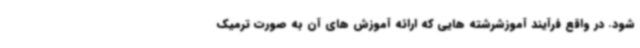
شود. در واقع فرآیند آموزشرشته هایی که ارائه آموزش های آن به صورت ترمیک